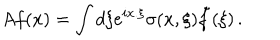
A f ( x ) = \int d \xi e ^ { i x . \xi } \sigma ( x , \xi ) \tilde { f } ( \xi ) \, .